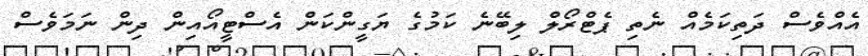
އެއްވެސް ދަތިކަމެއް ނެތި ޕެޓްރޯލް ލިބޭނެ ކަމުގެ ޔަގީންކަން އެސްޓީއޯއިން ދިން ނަމަވެސް